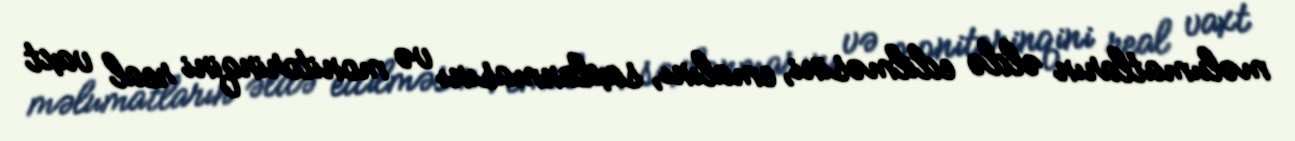
məlumatların əldə edilməsini, emalını, saxlanmasını və monitorinqini real vaxt